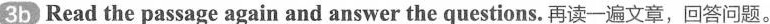
3b Read the passage again and answer the questions.再读一遍文章,回答问题.